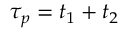
\tau _ { p } = t _ { 1 } + t _ { 2 }